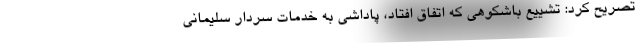
تصریح کرد: تشییع باشکوهی که اتفاق افتاد، پاداشی به خدمات سردار سلیمانی